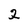
Character: 2